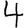
Digit: 4